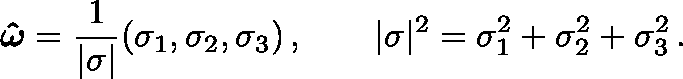
\boldsymbol { \hat { \omega } } = \frac { 1 } { | \mathbf { \sigma } | } ( \sigma _ { 1 } , \sigma _ { 2 } , \sigma _ { 3 } ) \, , \qquad | \mathbf { \sigma } | ^ { 2 } = \sigma _ { 1 } ^ { 2 } + \sigma _ { 2 } ^ { 2 } + \sigma _ { 3 } ^ { 2 } \, .